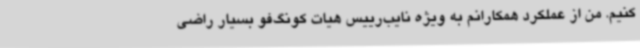
کنیم. من از عملکرد همکارانم به ویژه نایب‌رییس هیات کونگ‌فو بسیار راضی